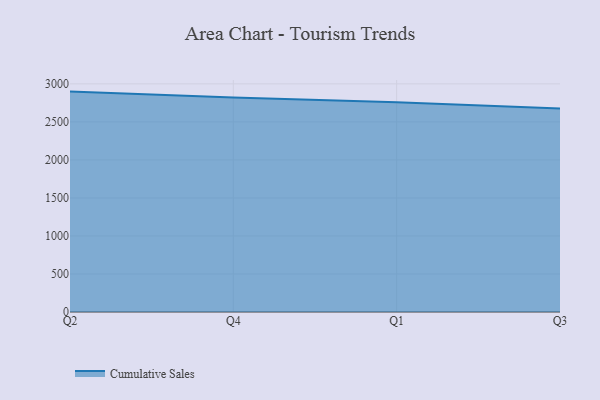
{"axis": {"x": "Quarter", "y": "Page Views"}, "legend": ["Cumulative Sales"], "data": [{"x": "Q2", "y": 2898.4, "type": "Cumulative Sales"}, {"x": "Q4", "y": 2821.5, "type": "Cumulative Sales"}, {"x": "Q1", "y": 2757.0, "type": "Cumulative Sales"}, {"x": "Q3", "y": 2675.2, "type": "Cumulative Sales"}]}